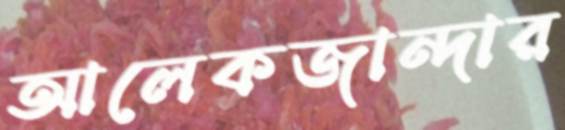
আলেকজান্দার